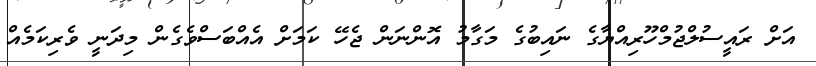
އަށް ރައީސުލްޖުމްހޫރިއްޔާގެ ނައިބުގެ މަގާމު އޮންނަން ޖެހޭ ކަމަށް އެއްބަސްވެގެން މިދަނީ ވެރިކަމެއް